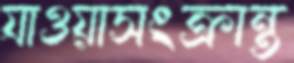
যাওয়াসংক্রান্ত